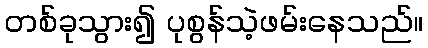
တစ်ခုသွား၍ ပုစွန်သဲ့ဖမ်းနေသည်။